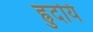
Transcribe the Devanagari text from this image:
ह्रुदयिं